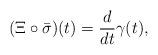
LaTeX: \begin{align*}(\Xi\circ \bar\sigma)(t)=\frac{d}{dt}\gamma(t),\end{align*}